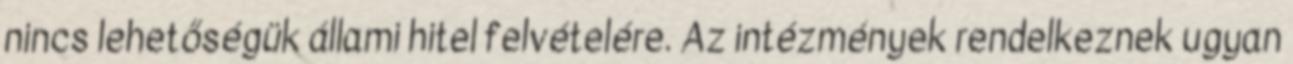
nincs lehetőségük állami hitel felvételére. Az intézmények rendelkeznek ugyan